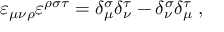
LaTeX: \varepsilon _ { \mu \nu \rho } \varepsilon ^ { \rho \sigma \tau } = \delta _ { \mu } ^ { \sigma } \delta _ { \nu } ^ { \tau } - \delta _ { \nu } ^ { \sigma } \delta _ { \mu } ^ { \tau } \; ,